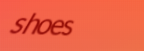
shoes